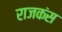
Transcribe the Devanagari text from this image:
राजकंस